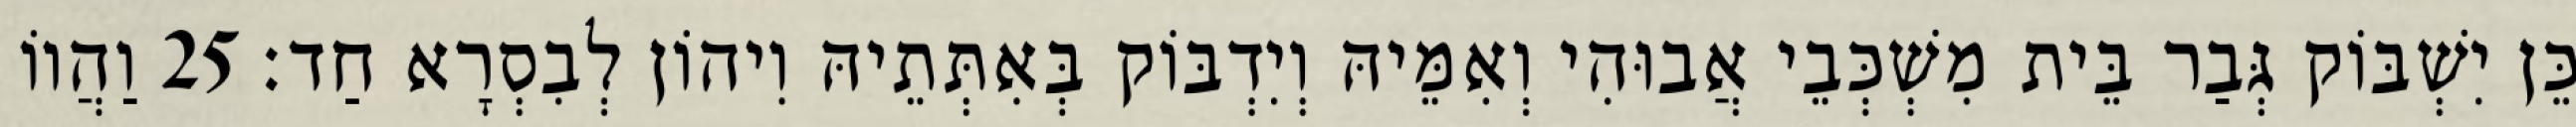
כֵּן יִשְׁבּוֹק גְּבַר בֵּית מִשְׁכְּבֵי אֲבוּהִי וְאִמֵּיהּ וְיִדְבּוֹק בְּאִתְּתֵיהּ וִיהוֹן לְבִסְרָא חַד׃ 25 וַהֲווֹ